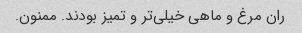
ران مرغ و ماهی خیلی‌تر و تمیز بودند. ممنون.